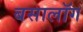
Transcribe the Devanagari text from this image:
बसालॉग